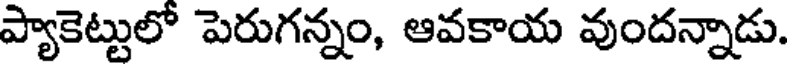
ప్యాకెట్టులో పెరుగన్నం, ఆవకాయ వుందన్నాడు.